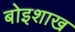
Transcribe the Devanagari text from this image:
बोइशाख